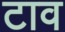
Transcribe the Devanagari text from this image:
टाव